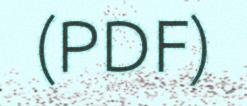
(PDF)